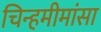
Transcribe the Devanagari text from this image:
चिन्हमीमांसा